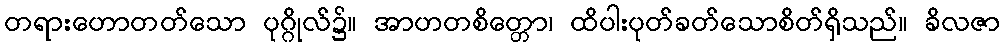
တရားဟောတတ်သော ပုဂ္ဂိုလ်၌။ အာဟတစိတ္တော၊ ထိပါးပုတ်ခတ်သောစိတ်ရှိသည်။ ခိလဇာ